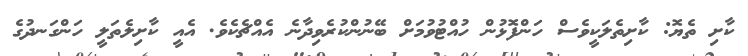
ކާށި ތެޔޮ: ކާށިތެލަކީވެސް ހަންފޮޅުން ހުއްޓުވުމަށް ބޭނުންކުރެވިދާނެ އެއްޗެކެވެ. އެއީ ކާށިލެތަލީ ހަންގަނދުގެ